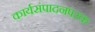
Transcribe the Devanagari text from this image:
कार्यसंपादनपरक